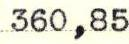
360,85